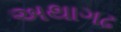
અથાગઢ